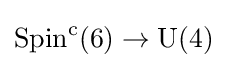
\operatorname {Spin} ^{\mathrm {c} }(6)\rightarrow \operatorname {U} (4)